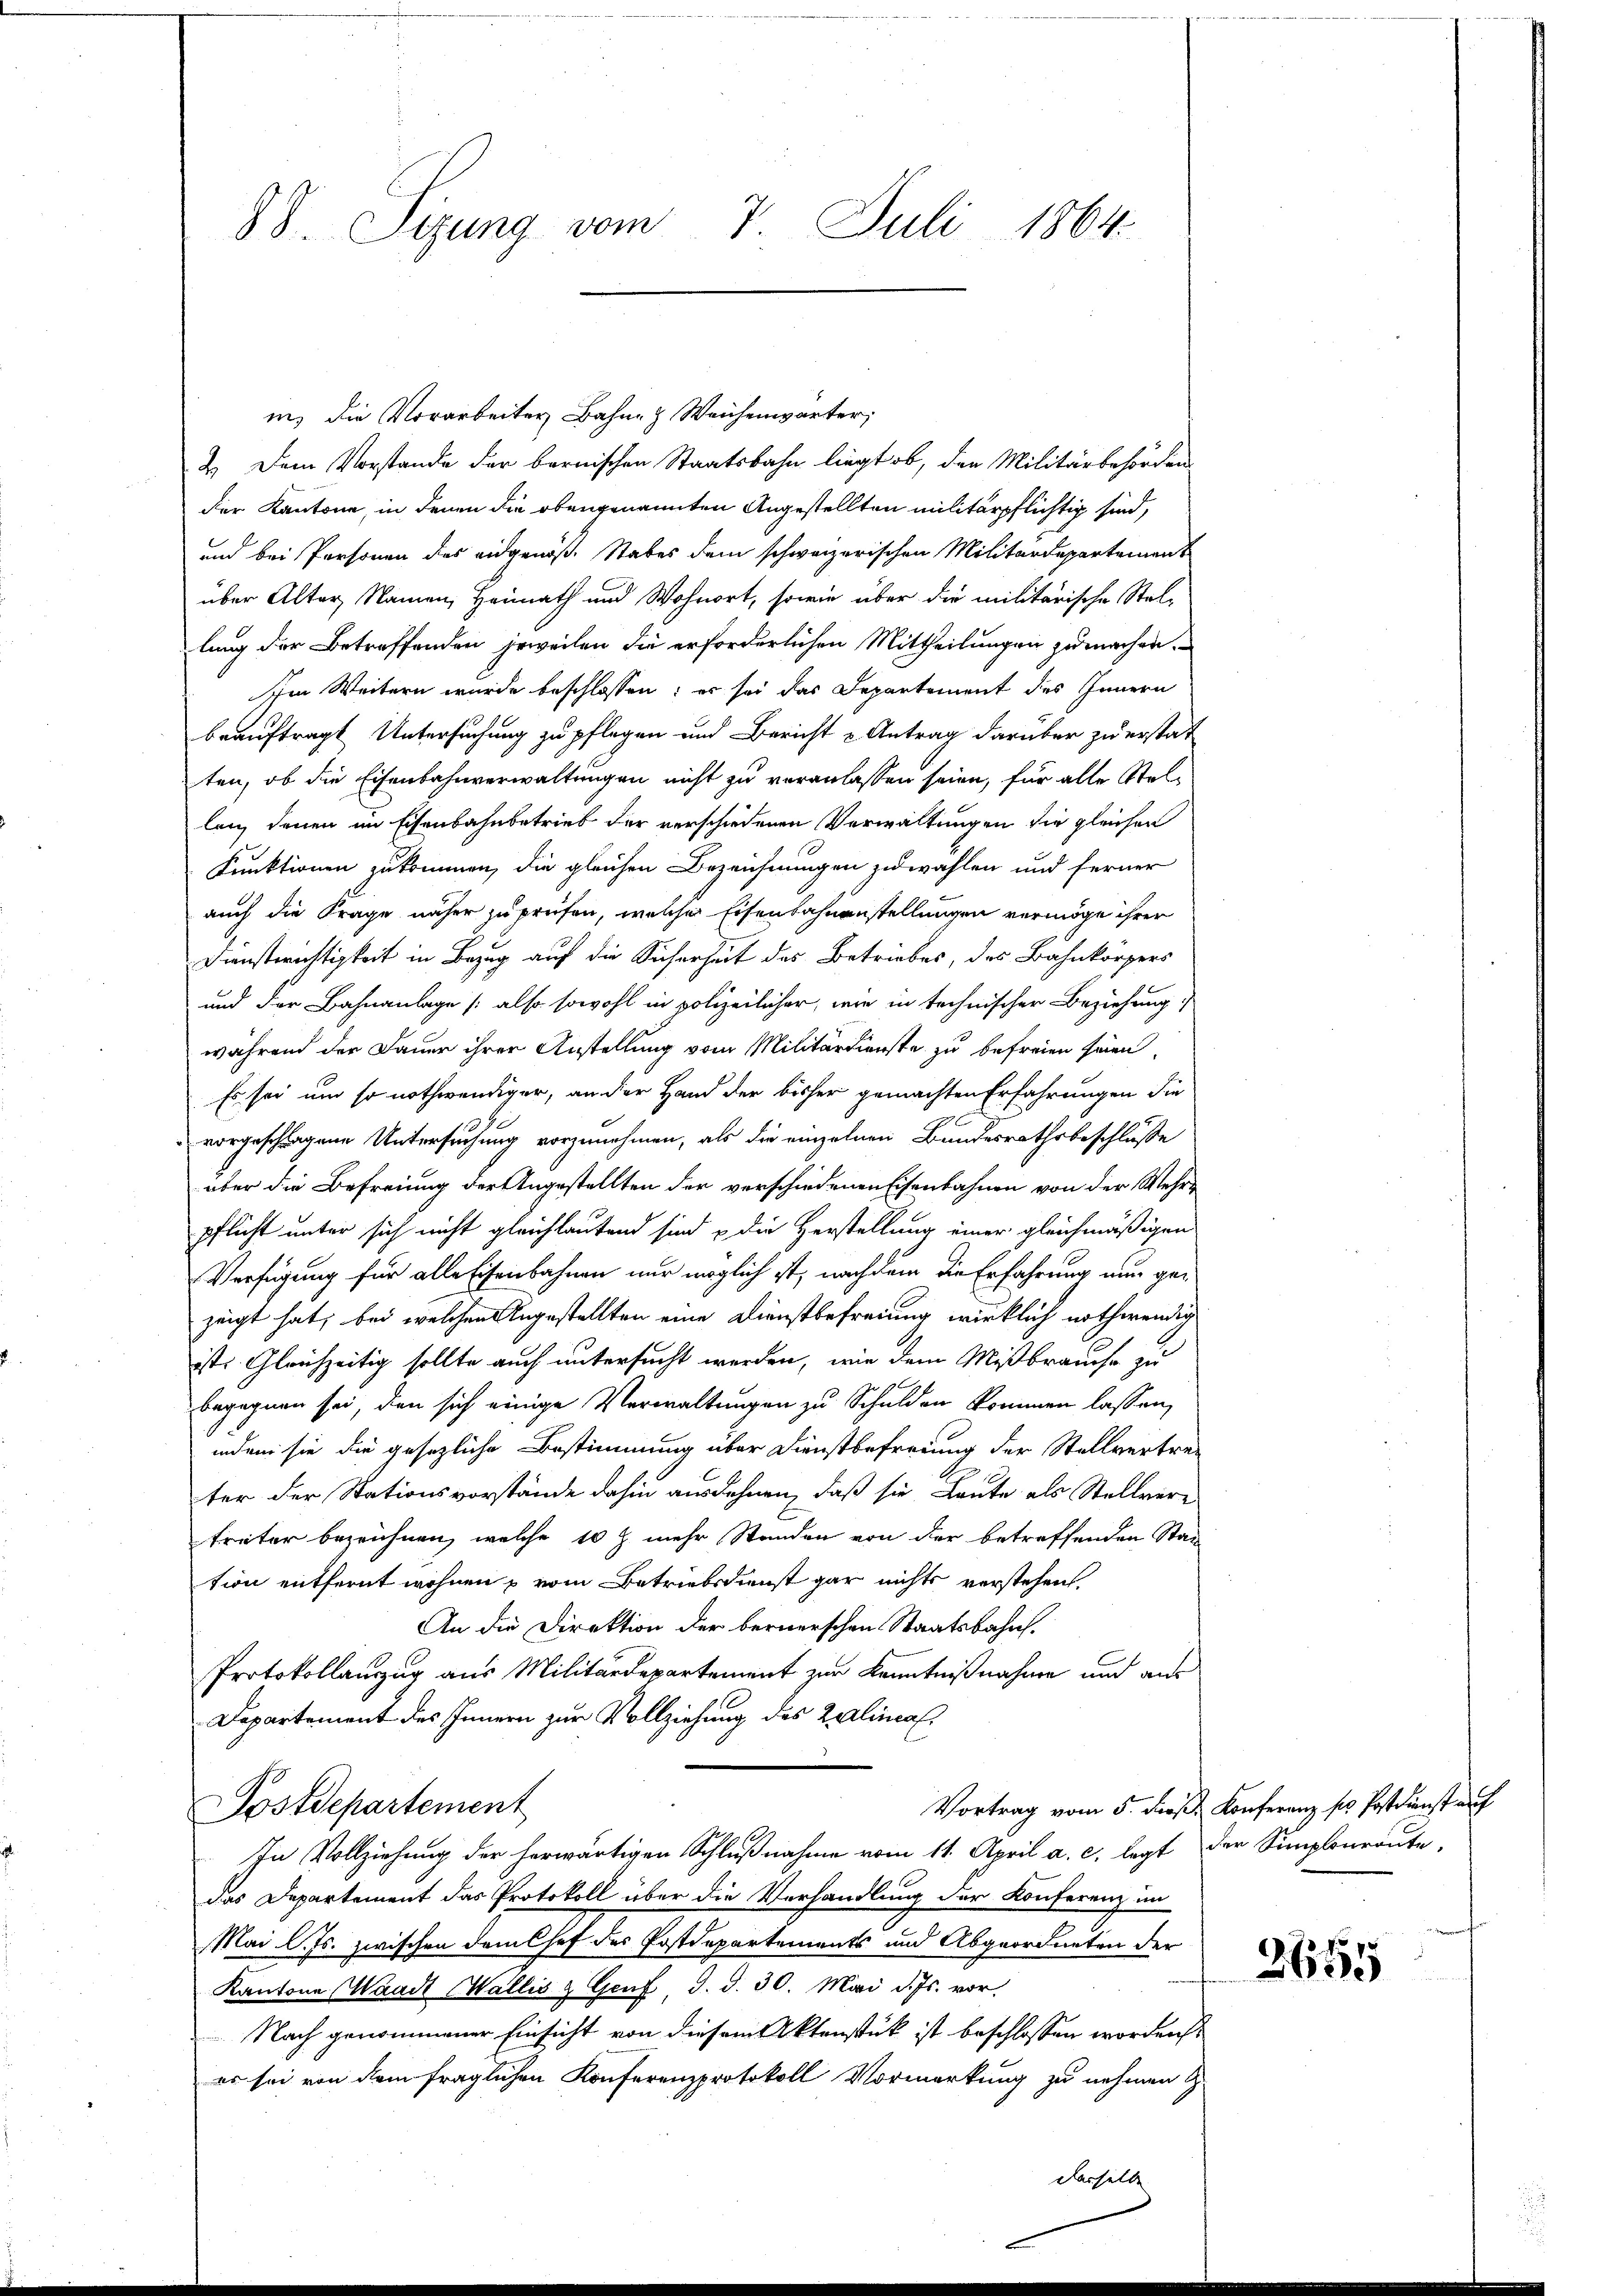
88. Sizung vom 7. Juli 1864.

in, die Vorarbeiter Bahn- & Weichenwärter,
2.) Dem Vorstande der bernischen Staatsbahn liegt ob, den Militärbehörden
der Kantone, in denen die obengenannten Angestellten militärpflichtig sind,
und bei Personen des eidgenöß. Stabes dem schweizerischen Militärdepartement
über Alter, Namen, Heimath und Wohnort, sowie über die militärische Stellung der Betreffenden jeweilen die erforderlichen Mittheilungen zu machen.
Im Weitern wurde beschlossen: es sei das Departement des Innern
beauftragt Untersuchung zu pflegen und Bericht & Antrag darüber zu erstat
ten, ob die Eisenbahnverwaltungen nicht zu veranlassen seien, für alle Stellan, denen im Eisenbahnbetrieb der verschiedenen Verwaltungen die gleichen
Funktionen zukommen, die gleichen Bezeichnungen zuwahlen und ferner
auch die Frage näher zu prüfen, welches Eisenbahnenstellungen vermöge ihrer
Dienstrichtigkeit in Bezug auf die Sicherheit des Betriebes, des Bahnkörpers
und der Bahnanlage (also sowohl in polizeilicher, wie in technischer Beziehung
während der Dauer ihrer Anstellung vom Militärdienste zu befreien seien.
Es sei um so nothwendiger, an der Hand der bisher gemachten Erfahrungen die
vorgeschlagene Untersuchung vorzunehmen, als die einzelnen Bundesrathsbeschluße
über die Befreiung der Angestellten der verschiedenen Eisenbahnen von der Mehrpflicht unter sich nicht gleichlautend sind & die Herstellung einer gleichmäßigen
Verfügung für alle Eisenbahnen nur möglich ist, nach dem die Erfahrung nun gezeigt hat, bei welchen Angestellten eine Dienstbefreiung wirklich nothwendig
ists Gleichzeitig sollte auch untersucht werden, wie dem Mißbrauche zu
begegnen sei, den sich einige Verwaltungen zu Schulden kommen lassen,
indem sie die gesezliche Bestimmung über Dienstbefreiung der Stellvertreter der Stationsvorstände dahin ausdehnen, daß sie Leute als Stellvertreter bezeichnen, welche 10 J. mehr Standen von der betreffenden Sta-
tion entfernt wohnen & vom Betriebsdienst gar nichts verstehen.
An die Direktion der bernerschen Staatsbahns
Protokollauszug aus Militärdepartement zur Kenntnißnahme und aus
Departement des Innern zur Vollziehung des Zaalincol¬
Postdepartement
In Vollziehung der herwärtigen Schlußnahme vom 11. April a. c. legt der Simplonroute,
das Departement das Protokoll über die Verhandlung der Konferenz im
Mai l. Js. zwischen dem Chef der Postdepartements und Abgeordneten der
Kantone Waadt Wallis & Genf d. d. 30. Mai d. Js. vor.
Nach genommener Einsicht von diesem Aktenstück ist beschlossen worden
er sei von dem fraglichen Konferenzprotokoll Vormerkung zu nehmen z.

desselbe

Vortrag vom 5. dieß Konferenz ses Postdienst auf

2655